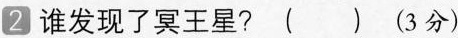
2 谁发现了冥王星? ( ) (3分)